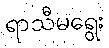
ရာသီမရွေး